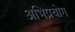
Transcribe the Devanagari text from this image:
अभिप्रयोग